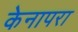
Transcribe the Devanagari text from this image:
केनापरा